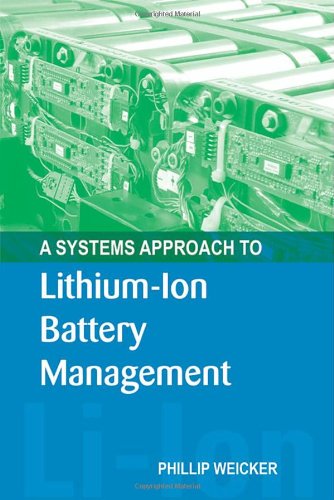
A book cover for A Systems Approach to Lithium-Ion Battery Management (Power Engineering); Phillip Weicker; Science & Math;